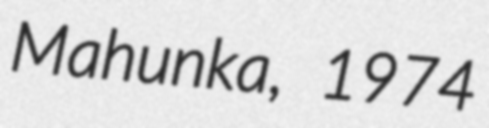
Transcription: Mahunka, 1974